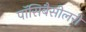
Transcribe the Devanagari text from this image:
पॉसिबैसीलरी